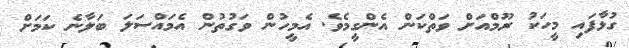
ގުޅާފައި މީހަކު ރޫމްއަށް ވަތްކަން އެންގީމެވެ. އެމީހުން ވަގުތުން އެމައްސަލަ ބަލާނެ ކަމަށް